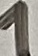
Text: 1